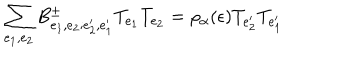
LaTeX: \sum _ { e _ { 1 } , e _ { 2 } } B _ { e _ { 1 } , e _ { 2 } ; e _ { 2 } ^ { \prime } , e _ { 1 } ^ { \prime } } ^ { \pm } T _ { e _ { 1 } } T _ { e _ { 2 } } = \rho _ { \alpha } ( \epsilon ) T _ { e _ { 2 } ^ { \prime } } T _ { e _ { 1 } ^ { \prime } }